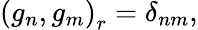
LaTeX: \left(g_{n},g_{m}\right)_{r}=\delta_{nm},